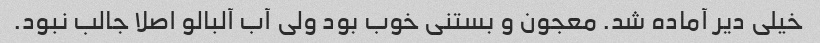
خیلی دیر آماده شد. معجون و بستنی خوب بود ولی آب آلبالو اصلا جالب نبود.